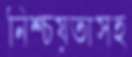
নিশ্চয়তাসহ